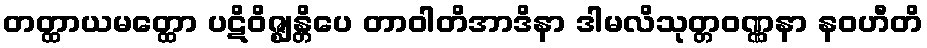
တတ္ထာယမတ္ထော ပဋိဝိဇ္ဈန္တိပေ တာဝါတိအာဒိနာ ဒါမလိသုတ္တဝဏ္ဏနာ နဝဟီတိ